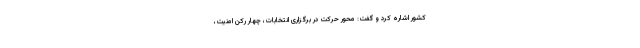
کشور اشاره کرد و گفت: محور حرکت در برگزاری انتخابات، چهار رکن امنیت،